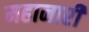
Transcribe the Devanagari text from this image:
महानारी